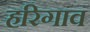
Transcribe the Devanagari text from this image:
हरिगाव